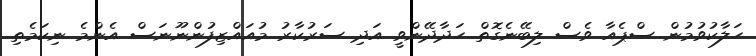
ހަލާކުވުމުން ސްޕެއާ ވެސް ލިބޭނެގޮތް ހަދާދޭންވީ އަދި ސަރުކާރު މުއައްޒިފުންނޫނަސް އެންމެ ނިކަމެތި